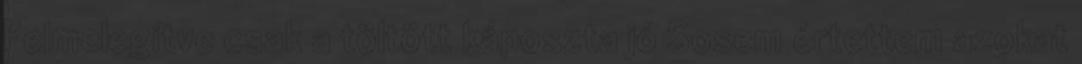
Felmelegítve csak a töltött káposzta jó Sosem értettem azokat